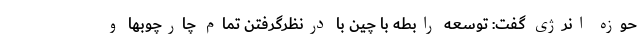
حوزه انرژی گفت: توسعه رابطه با چین با درنظرگرفتن تمام چارچوبها و